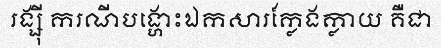
រង្ស៊ី ករណីបង្ហោះឯកសារក្លែងក្លាយ គឺជា